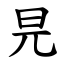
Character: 㫕